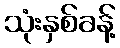
သုံးနှစ်ခန့်